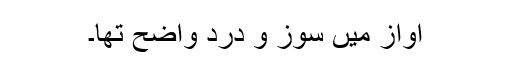
آواز میں سوز و درد واضح تھا۔